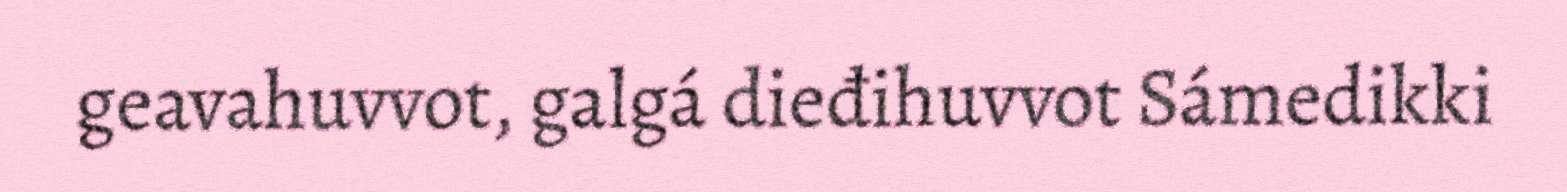
geavahuvvot, galgá dieđihuvvot Sámedikki